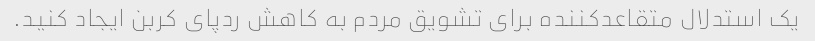
یک استدلال متقاعدکننده برای تشویق مردم به کاهش ردپای کربن ایجاد کنید.